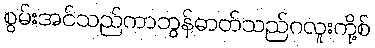
စွမ်းအင်သည်ကာဘွန်ဓာတ်သည်ဂလူးကို့စ်